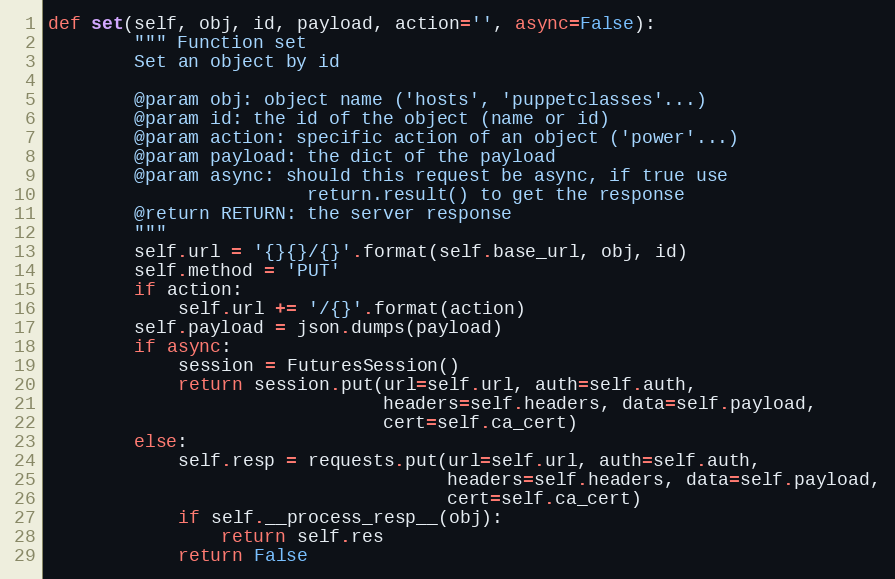
Language: Python
def set(self, obj, id, payload, action='', async=False):
        """ Function set
        Set an object by id

        @param obj: object name ('hosts', 'puppetclasses'...)
        @param id: the id of the object (name or id)
        @param action: specific action of an object ('power'...)
        @param payload: the dict of the payload
        @param async: should this request be async, if true use
                        return.result() to get the response
        @return RETURN: the server response
        """
        self.url = '{}{}/{}'.format(self.base_url, obj, id)
        self.method = 'PUT'
        if action:
            self.url += '/{}'.format(action)
        self.payload = json.dumps(payload)
        if async:
            session = FuturesSession()
            return session.put(url=self.url, auth=self.auth,
                               headers=self.headers, data=self.payload,
                               cert=self.ca_cert)
        else:
            self.resp = requests.put(url=self.url, auth=self.auth,
                                     headers=self.headers, data=self.payload,
                                     cert=self.ca_cert)
            if self.__process_resp__(obj):
                return self.res
            return False